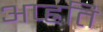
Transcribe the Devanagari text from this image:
अप्ह्रति